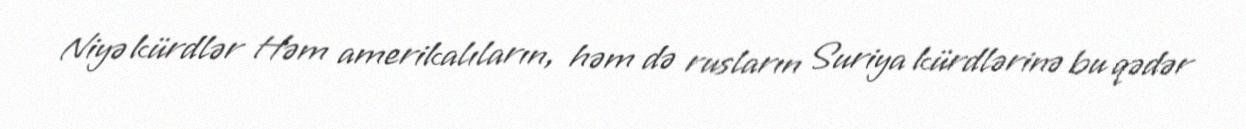
Niyə kürdlər Həm amerikalıların, həm də rusların Suriya kürdlərinə bu qədər